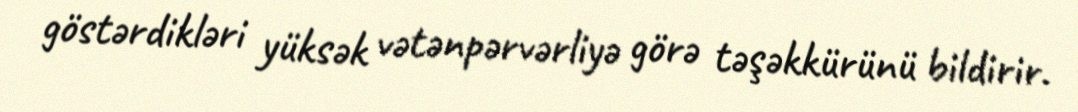
göstərdikləri yüksək vətənpərvərliyə görə təşəkkürünü bildirir.